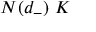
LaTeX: N ( d _ { - } ) ~ K